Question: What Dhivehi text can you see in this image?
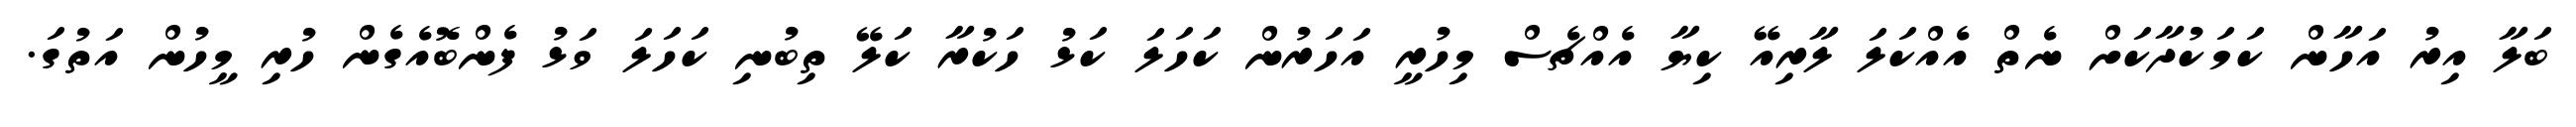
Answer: ބަލާ އިރު އަހާން ކަމަކުދާކަށް ނެތް އެއްކަލަ ލާރިއޭ ކިޔާ އެއްޗެސް މިހުރީ އަހަރުން ކަހަލަ ކަޅު ހަކުރާ ކަލޭ ތިބުނި ކަހަލަ ވަޅު ފެންބޮއެގެން ހުރި މީހުން އަތުގަ.